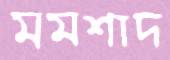
মমশাদ